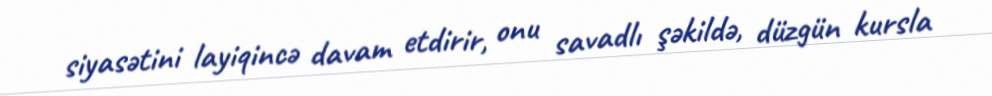
siyasətini layiqincə davam etdirir, onu savadlı şəkildə, düzgün kursla